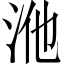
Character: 𭰃